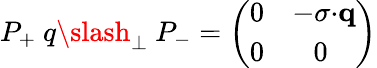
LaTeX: P_{+}\ q{\slash}_{\bot}\ P_{-}=\left(\begin{array}{ll}{{0}}&{{-{\mathbf\sigma}{\cdot}{\mathbf q}}}\\ {{0}}&{{\ \ \ 0}}\end{array}\right)